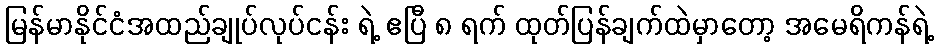
မြန်မာနိုင်ငံအထည်ချုပ်လုပ်ငန်း ရဲ့ ဧပြီ ၈ ရက် ထုတ်ပြန်ချက်ထဲမှာတော့ အမေရိကန်ရဲ့